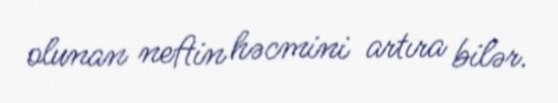
olunan neftin həcmini artıra bilər.